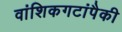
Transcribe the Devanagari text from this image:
वांशिकगटांपैकी